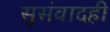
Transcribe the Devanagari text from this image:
सुसंवादही